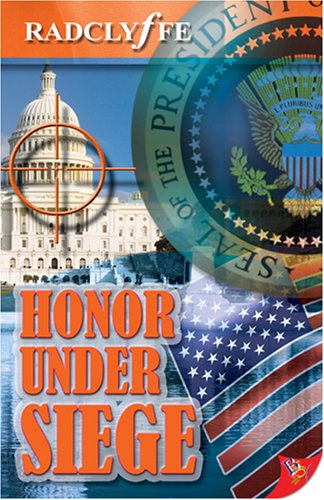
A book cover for Honor Under Siege; Radclyffe; Romance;